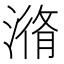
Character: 潃